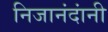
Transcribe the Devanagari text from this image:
निजानंदांनी